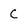
Character: C